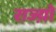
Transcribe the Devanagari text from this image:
राज्य़ो